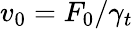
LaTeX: v_{0}=F_{0}/\gamma_{t}